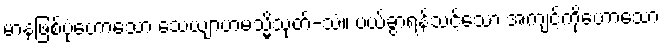
မာနဖြစ်ပုံဟောသော သေယျာဟမသ္မိသုတ်-သံ။ ပယ်ခွာရန်သင့်သော အကျင့်ကိုဟောသော